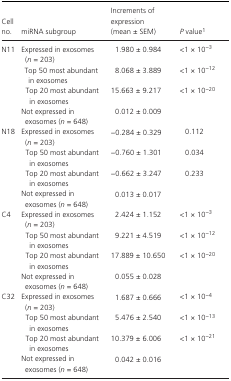
| Cell no. | miRNA subgroup | Increments of expression (mean ± SEM) | P valuea |
 | --- | --- | --- | --- |
 | <ROWSPAN=4> N11 | Expressed in exosomes (n = 203) | 1.980 ± 0.984 | <1 × 10−3 |
 | Top 50 most abundant in exosomes | 8.068 ± 3.889 | <1 × 10−12 |
 | Top 20 most abundant in exosomes | 15.663 ± 9.217 | <1 × 10−20 |
 | Not expressed in exosomes (n = 648) | 0.012 ± 0.009 |  |
 | <ROWSPAN=4> N18 | Expressed in exosomes (n = 203) | −0.284 ± 0.329 | 0.112 |
 | Top 50 most abundant in exosomes | −0.760 ± 1.301 | 0.034 |
 | Top 20 most abundant in exosomes | −0.662 ± 3.247 | 0.233 |
 | Not expressed in exosomes (n = 648) | 0.013 ± 0.017 |  |
 | <ROWSPAN=4> C4 | Expressed in exosomes (n = 203) | 2.424 ± 1.152 | <1 × 10−3 |
 | Top 50 most abundant in exosomes | 9.221 ± 4.519 | <1 × 10−12 |
 | Top 20 most abundant in exosomes | 17.889 ± 10.650 | <1 × 10−20 |
 | Not expressed in exosomes (n = 648) | 0.055 ± 0.028 |  |
 | <ROWSPAN=4> C32 | Expressed in exosomes (n = 203) | 1.687 ± 0.666 | <1 × 10−4 |
 | Top 50 most abundant in exosomes | 5.476 ± 2.540 | <1 × 10−13 |
 | Top 20 most abundant in exosomes | 10.379 ± 6.006 | <1 × 10−21 |
 | Not expressed in exosomes (n = 648) | 0.042 ± 0.016 |  |